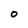
Character: 0